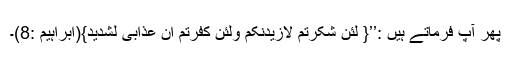
پھر آپؑ فرماتے ہیں :’’{ لَئِنْ شَکَرْتُمْ لَاَزِیْدَنَّکُمْ وَلَئِنْ کَفَرْتُمْ اِنَّ عَذَابِیْ لَشَدِیْدٌ}(ابراہیم :8)۔